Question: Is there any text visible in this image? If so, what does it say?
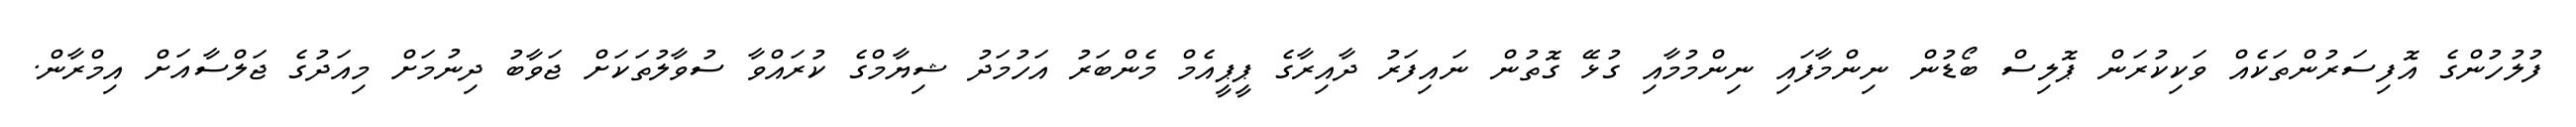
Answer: ފުލުހުންގެ އޮފިސަރުންތަކެއް ވަކިކުރަން ޕޮލިސް ބޯޑުން ނިންމާފައި ނިންމުމާއި ގުޅޭ ގޮތުން ނައިފަރު ދާއިރާގެ ޕީޕީއެމް މެންބަރު އަހުމަދު ޝިޔާމްގެ ކުރައްވާ ސުވާލުތަކަށް ޖަވާބު ދިނުމަށް މިއަދުގެ ޖަލްސާއަށް އިމްރާން.